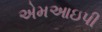
એમઆઇપી